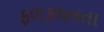
ફળકથનતા